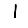
Digit: 1